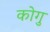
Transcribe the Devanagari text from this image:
कोगु